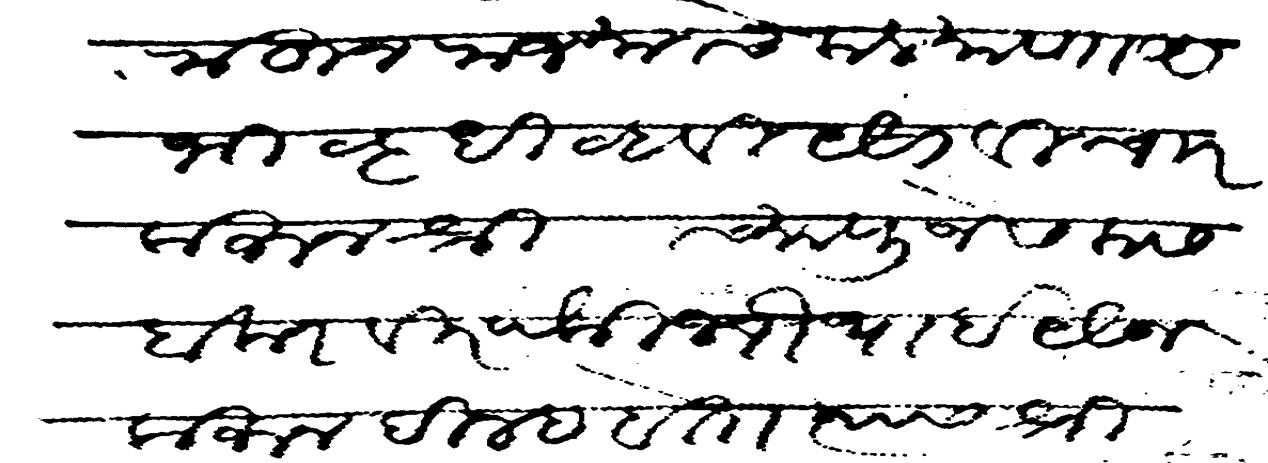
Transliteration (Devanagari): राहुन राज्याचे कल्याण अभीवृधी व्हावी यैसा वीच्यार करुन श्री च्या पुजेस कसबा करवीरपैकी चौथाई यैवज करुन दिल्हा होता त्यास श्रीच्या